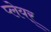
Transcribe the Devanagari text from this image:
प्लेयर्